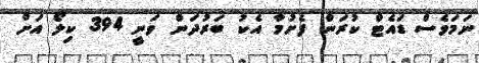
ނަމަވެސް ޑައެޓް ކުރަން ފެށުމާ އެކު ބަރުދަން ވަނީ 394 ކިލޯ އަށް